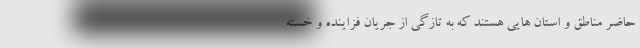
حاضر مناطق و استان هایی هستند که به تازگی از جریان فزاینده و خسته